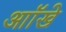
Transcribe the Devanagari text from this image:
आॉखे